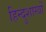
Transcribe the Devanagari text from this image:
हिन्दुशास्त्रों